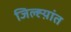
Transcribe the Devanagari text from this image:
जिल्ह्य़ांत